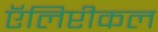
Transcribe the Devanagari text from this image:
ऍलिप्टीकल